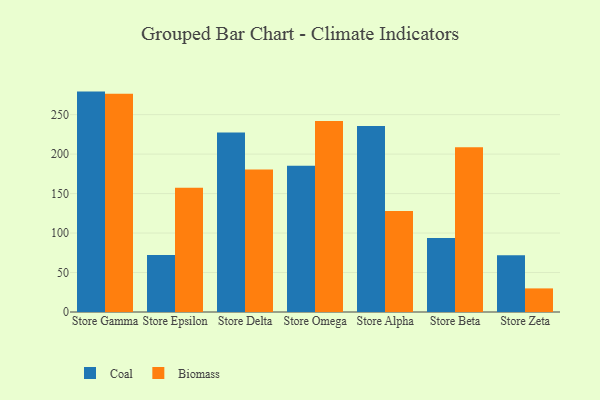
{"axis": {"x": "Store", "y": "Active Users"}, "legend": ["Biomass", "Coal"], "data": [{"x": "Store Gamma", "y": 279.2, "type": "Coal"}, {"x": "Store Gamma", "y": 276.6, "type": "Biomass"}, {"x": "Store Epsilon", "y": 72.3, "type": "Coal"}, {"x": "Store Epsilon", "y": 157.4, "type": "Biomass"}, {"x": "Store Delta", "y": 227.3, "type": "Coal"}, {"x": "Store Delta", "y": 180.5, "type": "Biomass"}, {"x": "Store Omega", "y": 185.4, "type": "Coal"}, {"x": "Store Omega", "y": 242.0, "type": "Biomass"}, {"x": "Store Alpha", "y": 235.7, "type": "Coal"}, {"x": "Store Alpha", "y": 128.1, "type": "Biomass"}, {"x": "Store Beta", "y": 93.8, "type": "Coal"}, {"x": "Store Beta", "y": 208.6, "type": "Biomass"}, {"x": "Store Zeta", "y": 71.8, "type": "Coal"}, {"x": "Store Zeta", "y": 29.9, "type": "Biomass"}]}